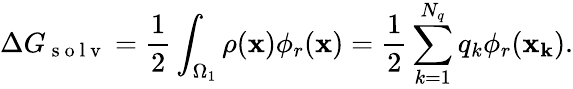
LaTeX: \Delta G_{\mathrm{~s~o~l~v~}}=\frac{1}{2}\int_{\Omega_{1}}\rho(\mathbf{x})\phi_{r}(\mathbf{x})=\frac{1}{2}\sum_{k=1}^{N_{q}}q_{k}\phi_{r}(\mathbf{x_{k}}).